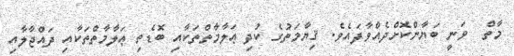
މާތް  ވަނީ ބަޔާންކޮށްދެއްވާފައެވެ. ޤިޔާމަތުގެ ކުދި ޢަލާމާތްތަކާއި ބޮޑެތި ޢަލާމާތްތަކާއި ދައްޖާލާއި